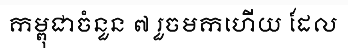
កម្ពុជាចំនួន ៧ រួចមកហើយ ដែល